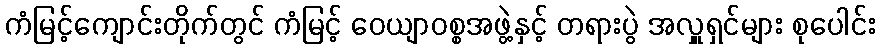
ကံမြင့်ကျောင်းတိုက်တွင် ကံမြင့် ဝေယျာဝစ္စအဖွဲ့နှင့် တရားပွဲ အလှူရှင်များ စုပေါင်း